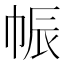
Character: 帪